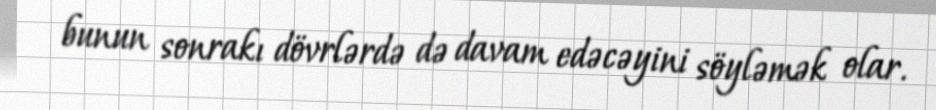
bunun sonrakı dövrlərdə də davam edəcəyini söyləmək olar.